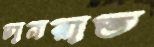
চানরাত